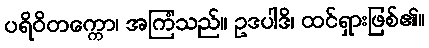
ပရိဝိတက္ကော၊ အကြံသည်။ ဥဒပါဒိ၊ ထင်ရှားဖြစ်၏။